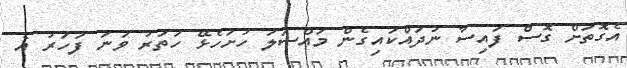
އެގޮތަށް ގޮސް ފައިސާ ނުދައްކައިގެން މައްސަލަ ހުށަހެޅޭ ހަތަރު ވަނަ ފަހަރު އެ